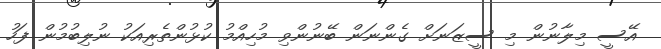
އޭސީ މިލާނުން މި ސީޒަނަށް ގެންނަން ބޭނުންވި މުހިއްމު ކުޅުންތެރިއަކު ނުލިބުމުން ފަހު